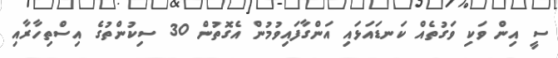
ސީ އިން ވަކި ވަގުތެއް ކަނޑައަޅައި އަންގާފައިވުމުން އެގޮތުން 30 ސިކުންތުގެ އިސްތިހާރާއި